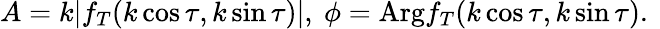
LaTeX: \begin{array}{r}{A=k|f_{T}(k\cos\tau,k\sin\tau)|,\ \phi=\mathrm{Arg}f_{T}(k\cos\tau,k\sin\tau).\ }\end{array}